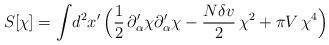
LaTeX: \begin{align*}S[\chi] = \int\! d^2 x' \, \Bigl( {1\over 2}\,\partial_{\alpha}'\chi \partial_{\alpha}'\chi - {N \delta v\over 2}\,\chi^{2} +\pi V\,\chi^4 \Bigr)\end{align*}